Indian journal of veterinary science and animal husbandry - Volume 4,
Year: 1934
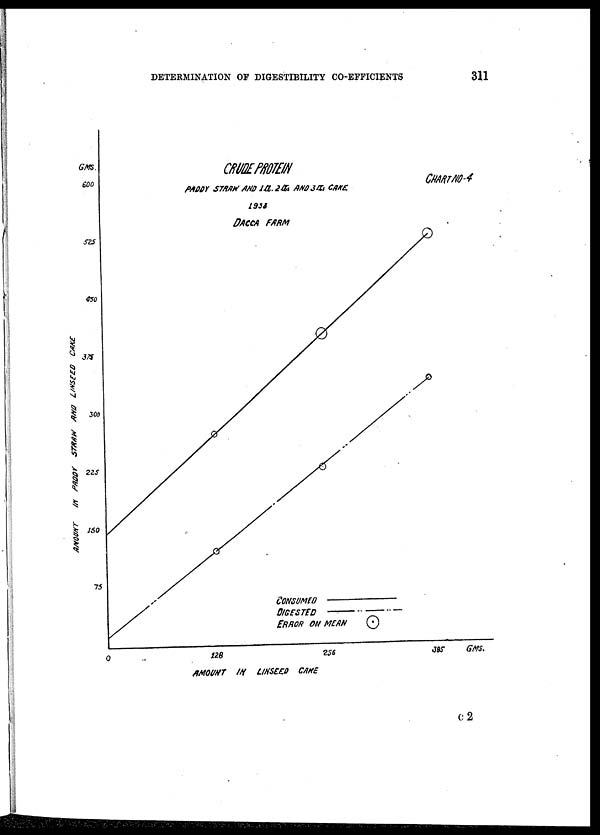
DETERMINATION OF DIGESTIBILITY CO-EFFICIENTS
311